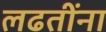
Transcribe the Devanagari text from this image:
लढतींना